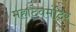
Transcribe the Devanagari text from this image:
महादेवमंदिर